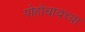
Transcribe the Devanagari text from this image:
पोहोचायच्या